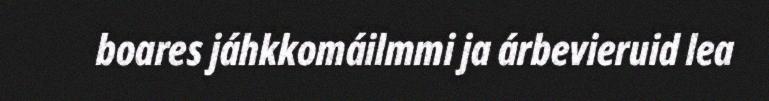
boares jáhkkomáilmmi ja árbevieruid lea